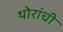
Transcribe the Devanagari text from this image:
थोरांची